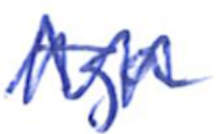
Text: Aga
Cross-out: zig-zag
Writing tool: ballpoint